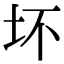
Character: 坏